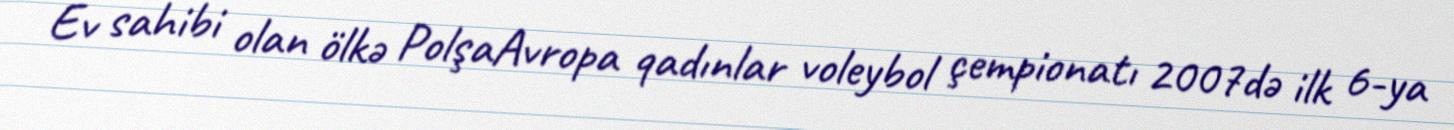
Ev sahibi olan ölkə PolşaAvropa qadınlar voleybol çempionatı 2007də ilk 6-ya